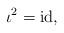
LaTeX: \begin{align*}\iota ^2=\mathrm{id},\end{align*}